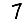
Digit: 7